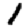
Digit: 1